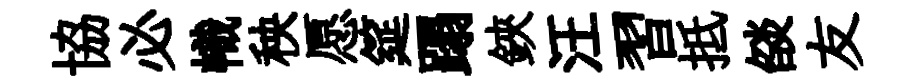
協必幟秧愿筵蹋鋏汪習抵燄友